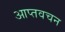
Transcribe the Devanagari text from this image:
आप्तवचन